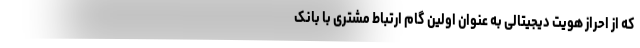
که از احراز هویت دیجیتالی به عنوان اولین گام ارتباط مشتری با بانک